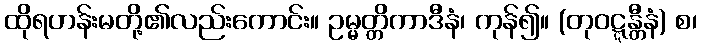
ထိုရဟန်းမတို့၏လည်းကောင်း။ ဥမ္မတ္တိကာဒီနံ၊ ကုန်၍။ (တုဝဋ္ဋန္တီနံ) စ၊